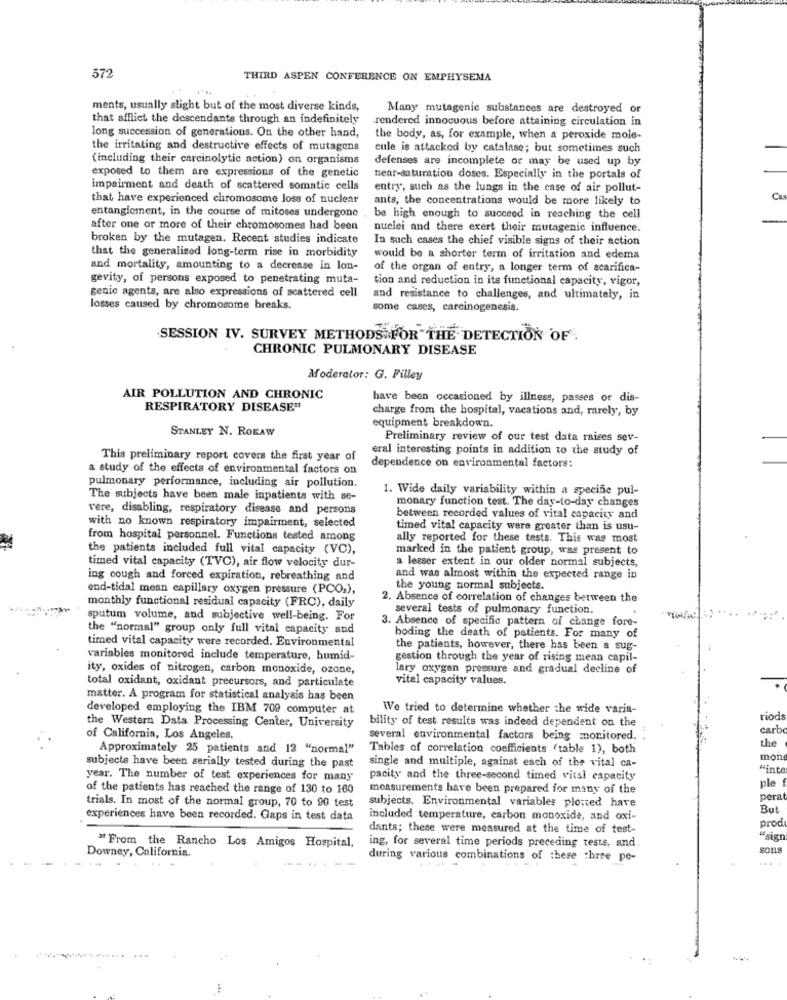
572
THIRD ASPEN CONFERENCE ON EMPHYSEMA
ments, usually slight but of the most diverse kinds,
Many mutagenic substances are destroyed or
that afflict the descendants through an indefinitely
rendered innocuous before attaining circulation in
long succession of generations. On the other hand,
the body, as, for example, when a peroxide mole-
the irritating and destructive effects of mutagens
cule is attacked by catalase; but sometimes such
(including their carcinolytic action) on organisms
defenses are incomplete or may be used up by
exposed to them are expressions of the genetic
near-saturation doses. Especially in the portals of
impairment and death of scattered somatic cells
entry, such as the lungs in the case of air pollut-
that have experienced chromosome loss of nuclear
ants, the concentrations would be more likely to
C
entanglement, in the course of mitoses undergone
be high enough to succeed in reaching the cell
after one or more of their chromosomes had been
nuclei and there exert their mutagenic influence.
broken by the mutagen. Recent studies indicate
In such cases the chief visible signs of their action
that the generalized long-term rise in morbidity
would be a shorter term of irritation and edema
and mortality, amounting to a decrease in lon-
of the organ of entry, a longer term of scarifica-
gevity, of persons exposed to penetrating muta-
tion and reduction in its functional capacity, vigor,
genic agents, are also expressions of scattered cell
and resistance to challenges, and ultimately, in
losses caused by chromosome breaks.
some cases, carcinogenesis.
SESSION IV. SURVEY METHODS FOR"THE DETECTION OF
CHRONIC PULMONARY DISEASE
Moderator: G. Filley
AIR POLLUTION AND CHRONIC
have been occasioned by illness, passes or dis-
RESPIRATORY DISEASE"
charge from the hospital, vacations and, rarely, by
equipment breakdown.
STANLEY N. ROKAW
Preliminary review of our test data raises sev-
eral interesting points in addition to the study of
This preliminary report covers the first year of
a study of the effects of environmental factors on
dependence on environmental factors:
pulmonary performance, including air pollution.
1. Wide daily variability within a specific pul-
The subjects have been male inpatients with se-
monary function test. The day-to-day changes
v'ere, disabling, respiratory disease and persons
between recorded values of vital capacity and
with no known respiratory impairment, selected
timed vital capacity were greater than is usu-
from hospital personnel. Functions tested among
ally reported for these tests. This was most
the patients included full vital capacity (VC),
marked in the patient group, was present to
a lesser extent in our older normal subjects,
timed vital capacity (TVC), air flow velocity dur-
ing cough and forced expiration, rebreathing and
and was almost within the expected range in
end-tidal mean capillary oxygen pressure (PCO.),
the young normal subjects.
2. Absence of correlation of changes between the
monthly functional residual capacity (FRC), daily
several tests of pulmonary function.
sputum volume, and subjective well-being. For
3. Absence of specific pattern of change fore-
the "normal" group only full vital capacity and
timed vital capacity were recorded. Environmental
boding the death of patients. For many of
the patients, however, there has been a sug-
variables monitored include temperature, humid-
gestion through the year of rising mean capil-
ity, oxides of nitrogen, carbon monoxide, ozone,
lary oxygen pressure and gradual decline of
total oxidant, oxidant precursors, and particulate
vital capacity values.
matter. A program for statistical analysis has been
developed employing the IBM 709 computer at
We tried to determine whether the wide varia-
bility of test results was indeed dependent on the
riod
the Western Data Processing Center, University
carb
of California, Los Angeles.
several environmental factors being monitored.
the
Approximately 25 patients and 12 "normal"
Tables of correlation coefficients (table 1), both
single and multiple, against each of the vital ca-
mon
subjects have been serially tested during the past
"inte
year. The number of test experiences for many
pacity and the three-second timed vital capacity
ple
of the patients has reached the range of 130 to 160
measurements have been prepared for many of the
trials. In most of the normal group, 70 to 90 test
subjects. Environmental variables plotted have
per
But
experiences have been recorded. Gaps in test data
included temperature, carbon monoxide, and oxi-
prod
dants; these were measured at the time of test-
"sig!
" From the Rancho Los Amigos Hospital,
ing, for several time periods preceding tests, and
sons
Downey, California.
during various combinations of these three po-